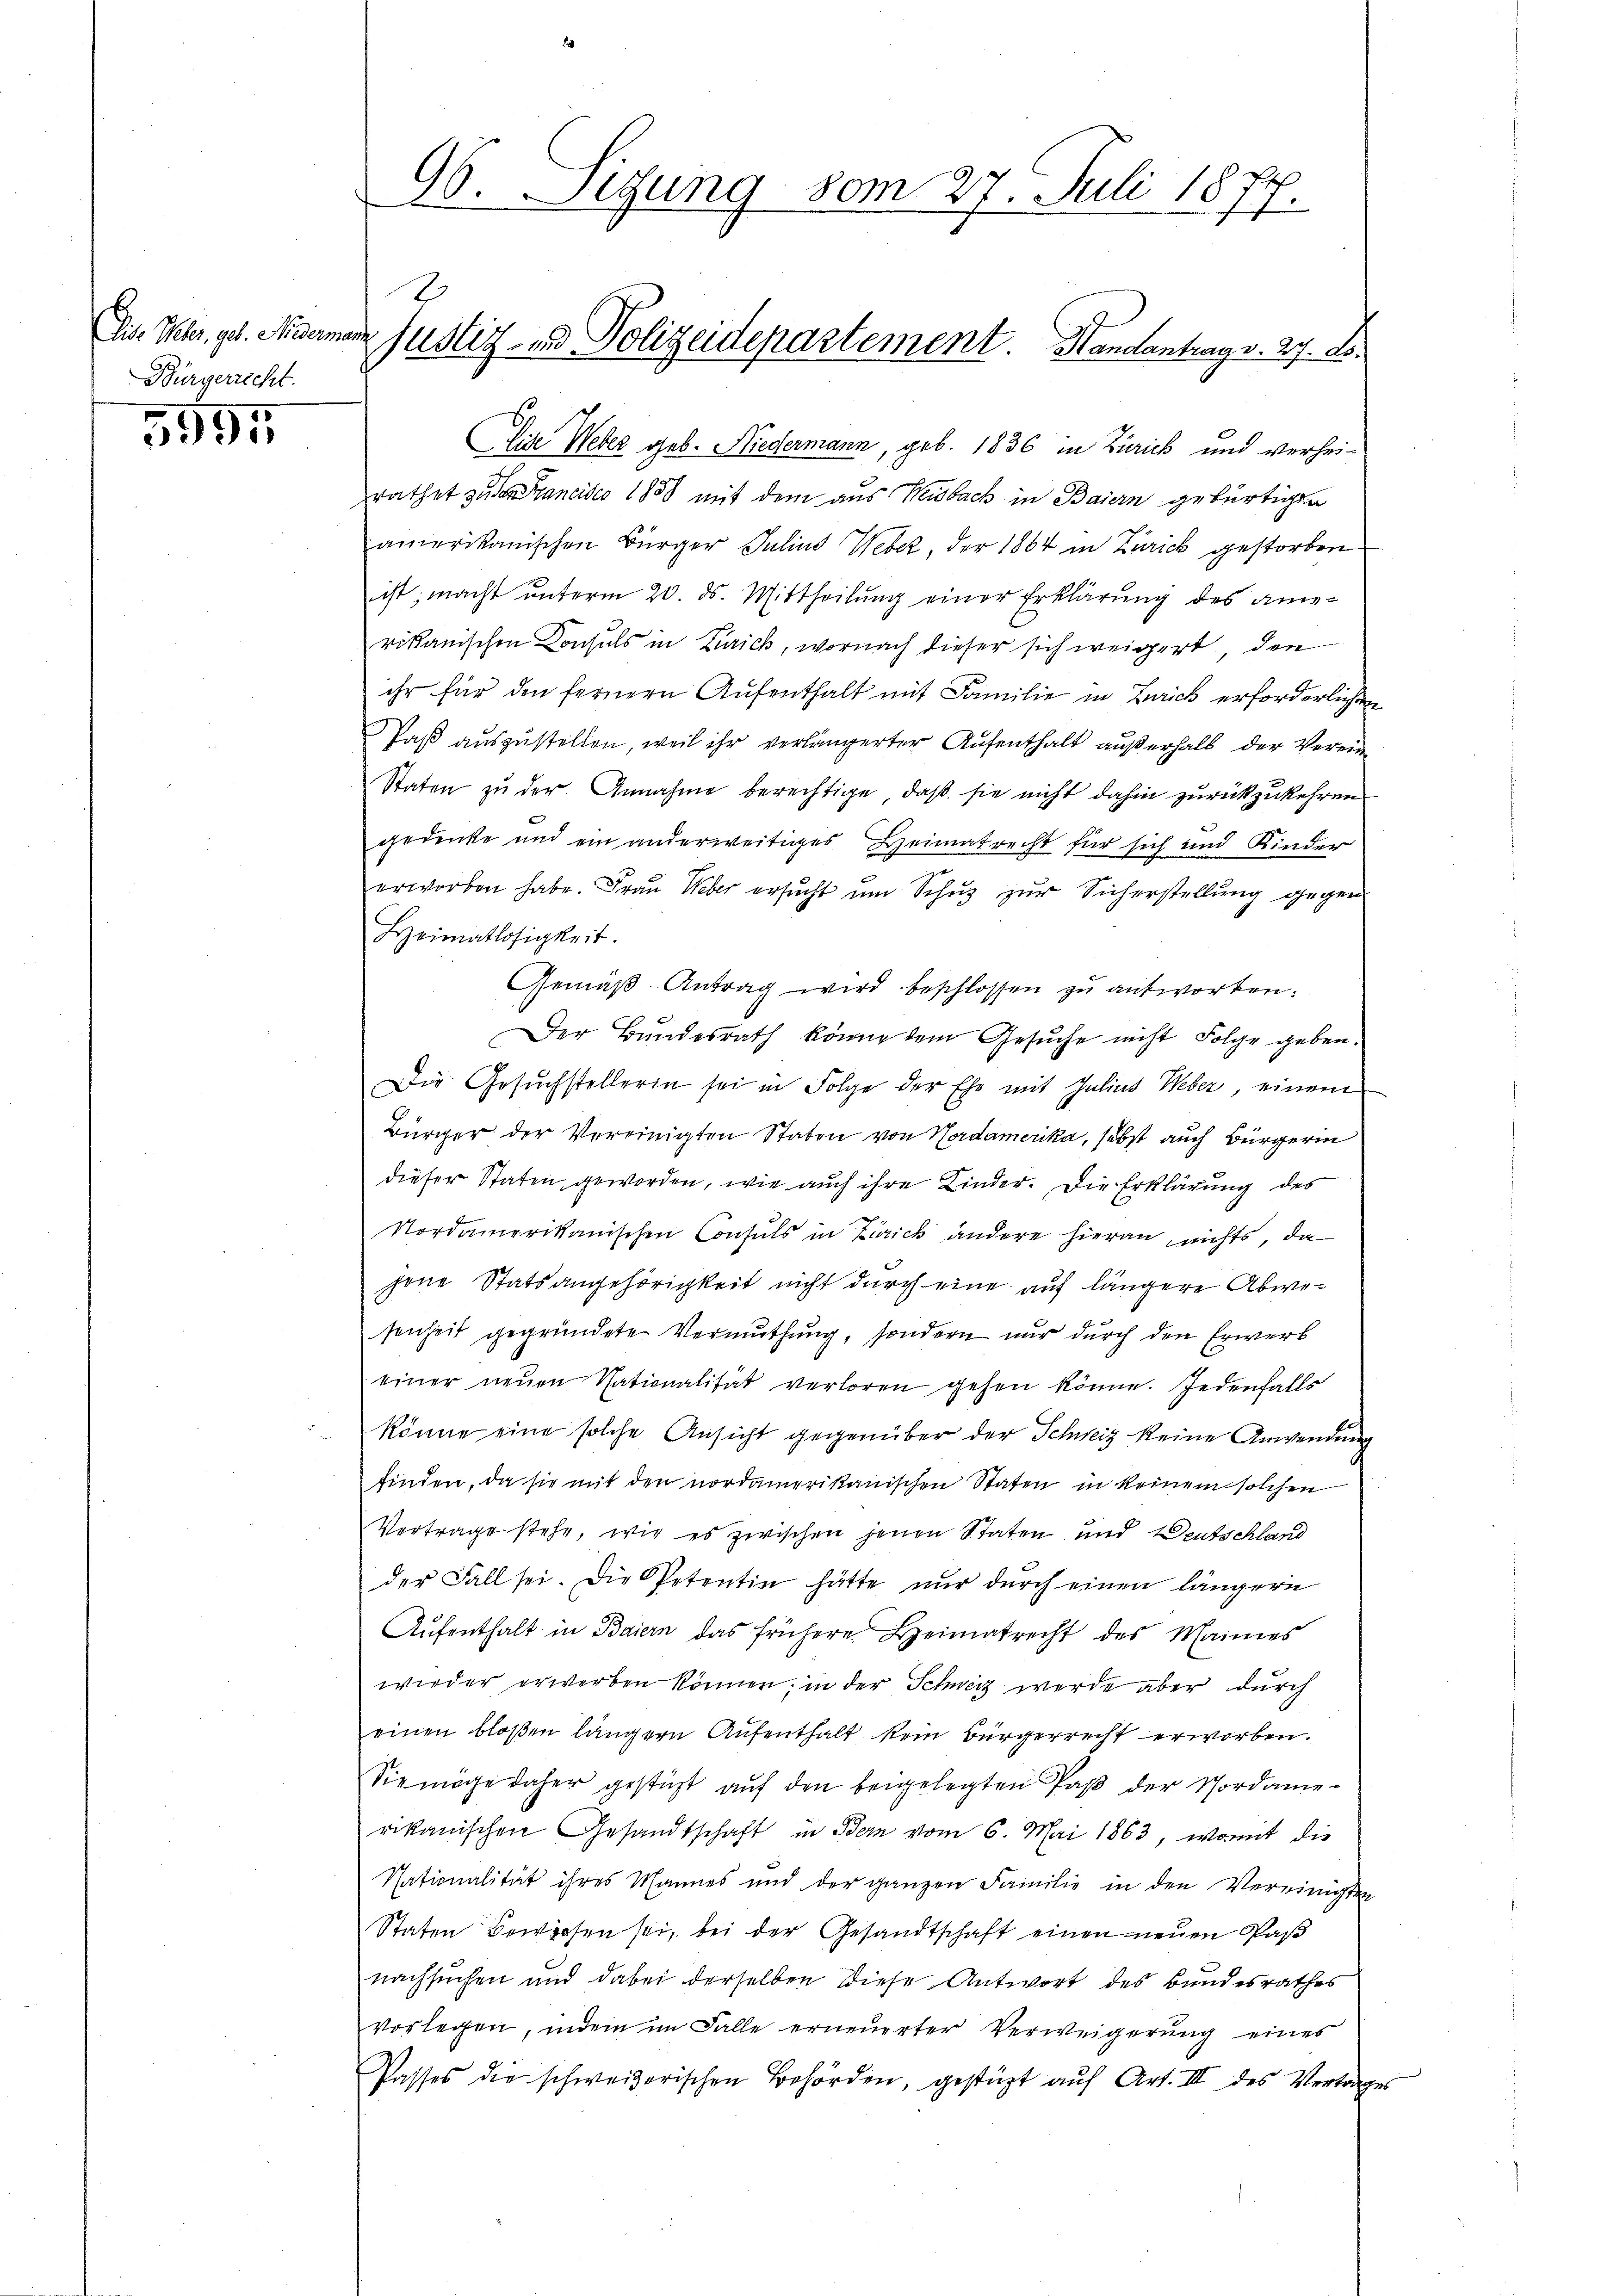
(Dis Peter, geb. Niderman
Bürgerrecht.

5995

96. Sitzung vom 27. Juli 1877.

Eide Weber geb. Niedermann, geb. 1836 in Zürich und verhei-
rathet zu den Francisco 1888 mit dem aus Weidbach in Baiern gebürtigen
amerikanischen Bürger Julius Weber, der 1864 in Zürich gestorben
ist; macht unterm 20. ds. Mittheilung einer Erklärung des amevikanischen Konsuls in Zürich, wornach dieser sich weigert den
ihr für den fernern Aufenthalt mit Familie in Zürich erforderlichen
Paß auszustellen, weil ihr verlängerter Aufenthalt außerhalb der Verein¬
Staten zu der Annahme berechtige, daß sie nicht dahin zurückzukehren
gedenke und ein anderweitiges Heimatrecht für sich und Kinder
erworben habe. Frau Weber ersucht um Schuz zur Sicherstellung gegen
Heimatlosigkeit.
Gemäß Antrag wird beschlossen zu antworten.
Der Bŭndesrath könne dem Gesŭche nicht Folge geben.
Die Gesŭchstellerin sei in Folge der Ehe mit Julius Weber, einem
Bürger der Vereinigten Staten von Nordamerika, sebst auch Bürgerin
dieser Staten geworden, wie auch ihre Kinder. Die Erklärung des
Nordamerikanischen Consuls in Zürich andere hieran nichts, da
jene Statsangehörigkeit nicht durch eine auf längere Abwesenheit gegründete Vermuthung, sondern nur durch den Erwerb
einer neuen Nationalität verloren gehen könne. Jedenfalls
könne eine solche Ansicht gegenüber der Schweiz keine Anwendung
finden, da sie mit den nordamerikanischen Staten in keinem solchen
Vertrage stehe, wie es zwischen jenen Staten und Deutschland
der Fall sei. Die Petentin hätte nur durch einen längern
Aŭfenthalt in Baiern das frühere Heimatrecht des Maines
wieder erwerben können; in der Schweiz werde aber durch
einen bloßen längern Aufenthalt kein Bürgerrecht erworben.
Sie möge daher gestüzt aŭf den beigelegten Paβ der Nordame-
rikanischen Gesandtschaft in Bern vom 6. Mai 1863, womit die
Nationalität ihres Mannes und der ganzen Familie in den Vereinigten
Staten bewiesen sei, bei der Gesandtschaft einen neuen Paß
nachsuchen und dabei derselben diese Antwort des Bundesrathes
vorlegen, indem im Falle erneuerter Verweigerŭng eines
Passes die schweizerischen Behörden, gestüzt auf Art. III des Vertrages

justiz- & Polizeidepartement. Handantrag v. 27. ds.